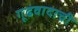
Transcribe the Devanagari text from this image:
गूढवादाची